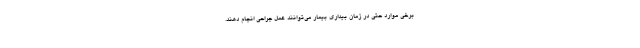
برخی موارد حتی در زمان بیداری بیمار می‌توانند عمل جراحی انجام دهند.